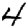
Digit: 4